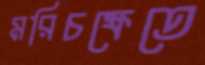
মরিচক্ষেতে